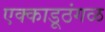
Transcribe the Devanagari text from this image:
एक्काडूठंगळ